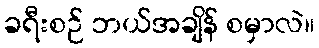
ခရီးစဉ် ဘယ်အချိန် စမှာလဲ။